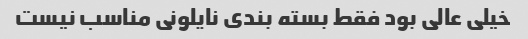
خیلی عالی بود فقط بسته بندی نایلونی مناسب نیست